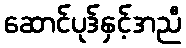
ဆောင်ပုဒ်နှင့်အညီ